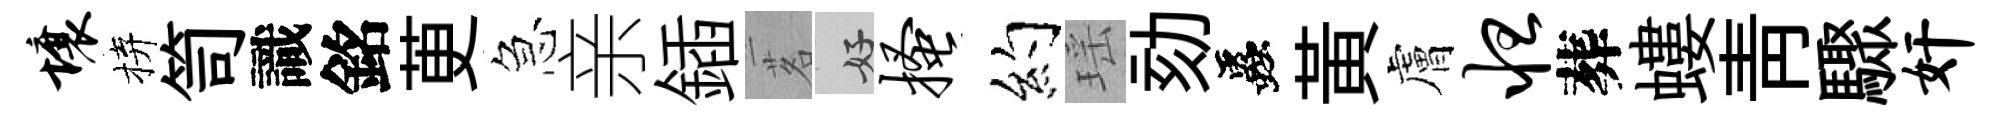
壤拚笥識銘茰急亲鍤茗好搔约瑶劾蟲黄膚怛葬螻青驟奸